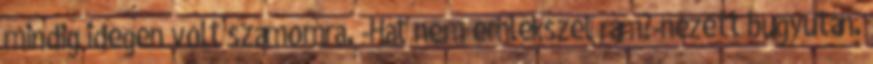
mindig idegen volt számomra. -Hát nem emlékszel rám?-nézett bugyután.